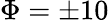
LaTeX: \Phi=\pm 10